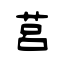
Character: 莒